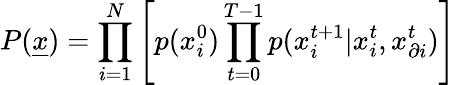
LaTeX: P(\underline{x})=\prod_{i=1}^{N}\left[p(x_{i}^{0})\prod_{t=0}^{T-1}p(x_{i}^{t+1}|x_{i}^{t},x_{\partial i}^{t})\right]